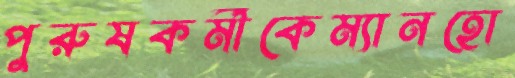
পুরুষকর্মীকেম্যানহো